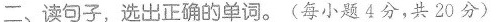
二、读句子,选出正确的单词.(每小题4分,共 20 分)